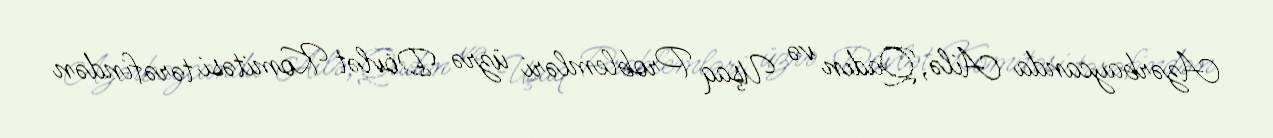
Azərbaycanda Ailə, Qadın və Uşaq Problemləri üzrə Dövlət Komitəsi tərəfindən